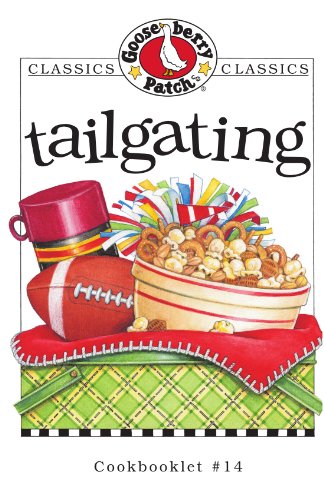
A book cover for Tailgating Cookbook; Gooseberry Patch; Cookbooks, Food & Wine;